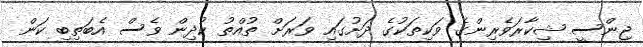
ޖިންސީ ޝިކާރަވެރިންގެ ވަކިތަކުގެ ދަށުގައި ވަރަށް ތުއްތު ކުދިން ވެސް އެބަތިބި ކަން